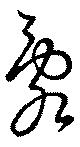
亂